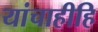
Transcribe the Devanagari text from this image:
यांचाहीहि